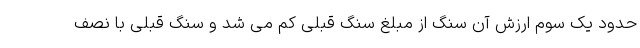
حدود یک سوم ارزش آن سنگ از مبلغ سنگ قبلی کم می شد و سنگ قبلی با نصف